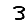
Digit: 3